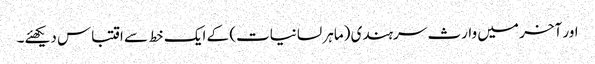
اور آخر میں وارث سرہندی (ماہر لسانیات) کے ایک خط سے اقتباس دیکھئے۔